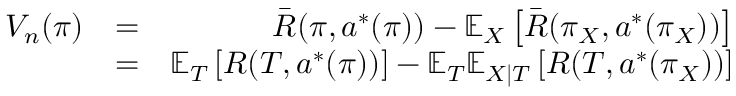
\begin{array} { r l r } { V _ { n } ( \pi ) } & { = } & { \bar { R } ( \pi , a ^ { * } ( \pi ) ) - \mathbb { E } _ { X } \left[ \bar { R } ( \pi _ { X } , a ^ { * } ( \pi _ { X } ) ) \right] } \\ & { = } & { \mathbb { E } _ { T } \left[ R ( T , a ^ { * } ( \pi ) ) \right] - \mathbb { E } _ { T } \mathbb { E } _ { X | T } \left[ R ( T , a ^ { * } ( \pi _ { X } ) ) \right] } \end{array}